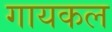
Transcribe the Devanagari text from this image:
गायकल